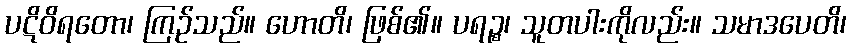
ပဋိဝိရတော၊ ကြဉ်သည်။ ဟောတိ၊ ဖြစ်၏။ ပရဉ္စ၊ သူတပါးကိုလည်း။ သမာဒပေတိ၊